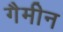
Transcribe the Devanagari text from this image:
गैमीन